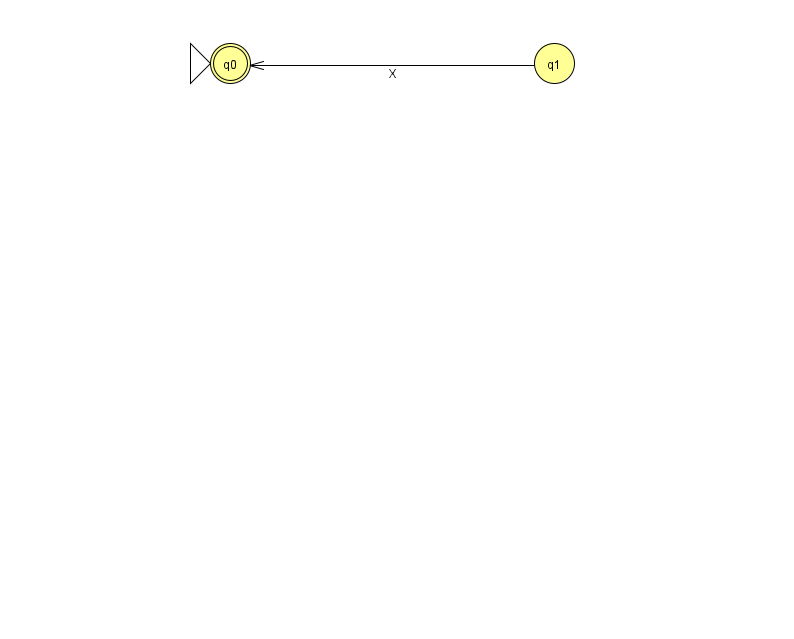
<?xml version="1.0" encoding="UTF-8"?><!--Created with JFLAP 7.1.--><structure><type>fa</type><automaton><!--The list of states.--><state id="0" name="q0"><x>230.0</x><y>50.0</y><initial/><final/></state><state id="1" name="q1"><x>554.0</x><y>50.0</y></state><!--The list of transitions.--><transition><from>1</from><to>0</to><read>X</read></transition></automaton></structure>